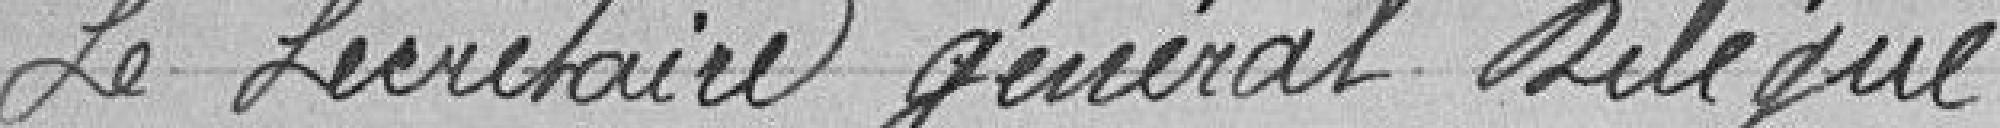
Le Secrétaire Général Délégué